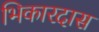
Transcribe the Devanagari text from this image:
भिकारदास